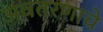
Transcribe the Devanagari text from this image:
अवतरणाचे